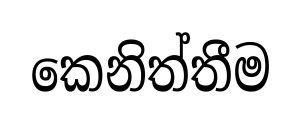
කෙනිත්තීම